Vaccine operations Central Provinces 1900-1911 - 1900-1911
Year: 1900
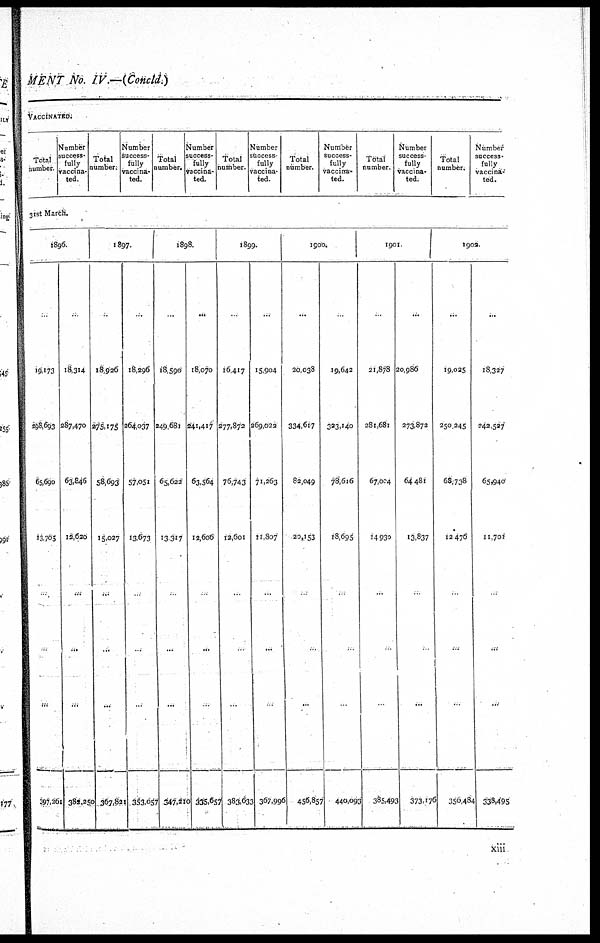
MENT No. IV.—(Concld.)
Vaccinated.
Total
number.
Number
success¬
fully
vaccina¬
ted.
Total
number.
Number
success¬
fully
vaccina-
ted.
Total
lumber.
Number
success¬
fully
vaccina-
ted.
Total
number.
Number
success-
fully
vaccina-
ted.
Total
number.
Number
success-
fully
vaccina-
ted.
Total
number.
Number
success-
fully
vaccina-
ted.
Total
number.
Number
success-
fully
vaccina¬
ted.
31st March.
1896.
...
19,173
298,693
65,690
13,705
...
...
...
397,261
...
18,314
287,470
63,846
12,620
...
...
...
382,250
1897.
...
18,926
275,175
58,693
15,027
...
...
...
367,821
...
18,296
264,037
57,051
13,673
...
...
...
353,057
1898.
...
18,590
249,681
65,622
13,317
...
...
...
347,210
...
18,070
241,417
63,564
12,606
...
...
...
335,657
1899.
...
16,417
277,872
76,743
12,601
...
...
...
383,633
...
15,904
269,022
71,263
11,807
...
...
...
367,996
1900.
...
20,038
334,617
82,049
20,153
...
...
...
456,857
...
19,642
323,140
78,616
18,695
...
...
...
440,093
1901.
...
21,878
281,681
67,004
14,930
...
...
...
385,493
...
20,986
273,872
64,481
13,837
...
...
...
373,176
1902.
...
19,025
250,245
68,738
12,476
...
...
...
356,484
...
18,327
242,527
65,940
11,701
...
...
...
338,495
xiii